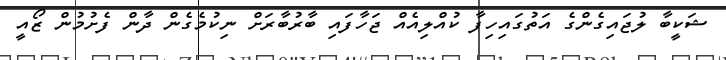
ޝަކީބާ ލުޖައިގެންގެ އަތުގައިހިފާ ކުއްލިއެއް ޖަހާފައި ބާރުބާރަށް ނިކުމެގެން ދާން ފެށުމުން ޒޯއީ